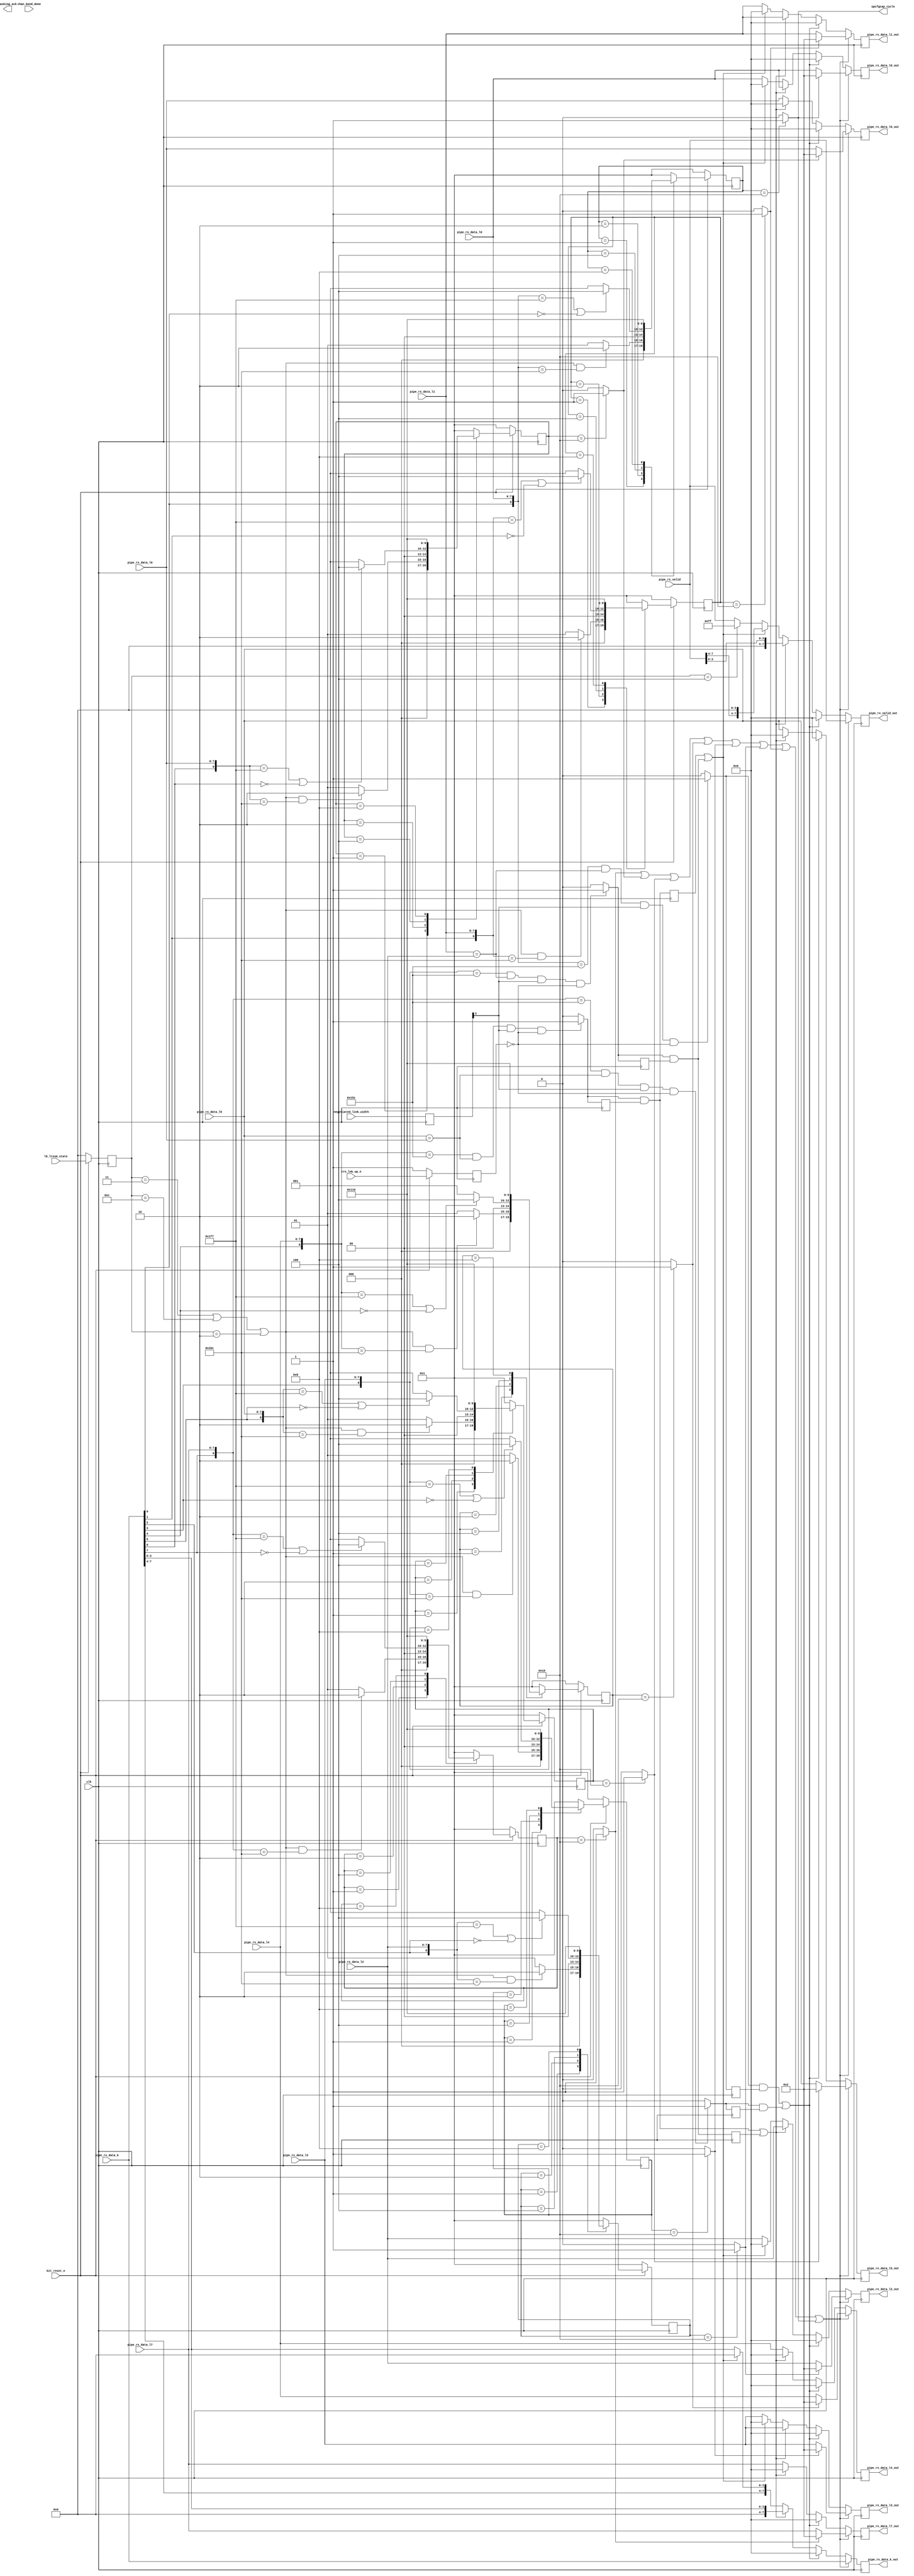

//-----------------------------------------------------------------------------
//
// (c) Copyright 2009-2010 Xilinx, Inc. All rights reserved.
//
// This file contains confidential and proprietary information
// of Xilinx, Inc. and is protected under U.S. and
// international copyright and other intellectual property
// laws.
//
// DISCLAIMER
// This disclaimer is not a license and does not grant any
// rights to the materials distributed herewith. Except as
// otherwise provided in a valid license issued to you by
// Xilinx, and to the maximum extent permitted by applicable
// law: (1) THESE MATERIALS ARE MADE AVAILABLE "AS IS" AND
// WITH ALL FAULTS, AND XILINX HEREBY DISCLAIMS ALL WARRANTIES
// AND CONDITIONS, EXPRESS, IMPLIED, OR STATUTORY, INCLUDING
// BUT NOT LIMITED TO WARRANTIES OF MERCHANTABILITY, NON-
// INFRINGEMENT, OR FITNESS FOR ANY PARTICULAR PURPOSE; and
// (2) Xilinx shall not be liable (whether in contract or tort,
// including negligence, or under any other theory of
// liability) for any loss or damage of any kind or nature
// related to, arising under or in connection with these
// materials, including for any direct, or any indirect,
// special, incidental, or consequential loss or damage
// (including loss of data, profits, goodwill, or any type of
// loss or damage suffered as a result of any action brought
// by a third party) even if such damage or loss was
// reasonably foreseeable or Xilinx had been advised of the
// possibility of the same.
//
// CRITICAL APPLICATIONS
// Xilinx products are not designed or intended to be fail-
// safe, or for use in any application requiring fail-safe
// performance, such as life-support or safety devices or
// systems, Class III medical devices, nuclear facilities,
// applications related to the deployment of airbags, or any
// other applications that could lead to death, personal
// injury, or severe property or environmental damage
// (individually and collectively, "Critical
// Applications"). Customer assumes the sole risk and
// liability of any use of Xilinx products in Critical
// Applications, subject only to applicable laws and
// regulations governing limitations on product liability.
//
// THIS COPYRIGHT NOTICE AND DISCLAIMER MUST BE RETAINED AS
// PART OF THIS FILE AT ALL TIMES.
//
//-----------------------------------------------------------------------------
// Project    : V5-Block Plus for PCI Express
//--------------------------------------------------------------------------------
//--------------------------------------------------------------------------------
//
//   ____  ____
//  /   /\/   /
// /___/  \  /    Vendor      : Xilinx
// \   \   \/     Version     : 1.1
//  \   \         Application : Generated by Xilinx PCI Express Wizard
//  /   /         Filename    : prod_fixes.v
// /___/   /\     Module      : Snoop and Fix Production Issues
// \   \  /  \
//  \___\/\___\
//
//------------------------------------------------------------------------------

// PCIE Spec 2.0 Gen2 upconfigure capable TS2 bit 6 workaround.
// Force all reserved fields in TS1 and TS2s to 0 on PCIe block 
// receive path on all lanes when in Polling and Configuration.

module prod_fixes
(
   input            clk,
   input            bit_reset_n,
   input  [3:0]     l0_ltssm_state,
   input            chan_bond_done,
   input  [3:0]     negotiated_link_width,
   input	    trn_lnk_up_n,

   // for pipelining
   input  [7:0]     pipe_rx_data_k,
   input  [7:0]     pipe_rx_valid,
   
   input  [7:0]     pipe_rx_data_l0,
   input  [7:0]     pipe_rx_data_l1,
   input  [7:0]     pipe_rx_data_l2,
   input  [7:0]     pipe_rx_data_l3,
   input  [7:0]     pipe_rx_data_l4,
   input  [7:0]     pipe_rx_data_l5,
   input  [7:0]     pipe_rx_data_l6,
   input  [7:0]     pipe_rx_data_l7,

   output reg [7:0]    pipe_rx_data_l0_out, 
   output reg [7:0]    pipe_rx_data_l1_out, 
   output reg [7:0]    pipe_rx_data_l2_out, 
   output reg [7:0]    pipe_rx_data_l3_out, 
   output reg [7:0]    pipe_rx_data_l4_out, 
   output reg [7:0]    pipe_rx_data_l5_out, 
   output reg [7:0]    pipe_rx_data_l6_out, 
   output reg [7:0]    pipe_rx_data_l7_out,
   output              upcfgcap_cycle,    
   output              masking_ack,
   output reg [7:0]    pipe_rx_data_k_out,
   output reg [7:0]    pipe_rx_valid_out

);

   parameter STATE_SIZE = 5;
   parameter [STATE_SIZE-1:0] 
                   ALGN     = 'h1,
                   Q_TS     = 'h2,
                   SYM2     = 'h4,
                   SYM3     = 'h8,
                   SYM4     = 'h10;
   
   parameter [8:0] PAD       = 9'h1F7;
   parameter [8:0] COM       = 9'h1BC;
   parameter [8:0] SKP       = 9'h11C;
   parameter [8:0] IDL       = 9'h17C;
   parameter [8:0] SDP       = 9'h15C;
   parameter [8:0] END       = 9'h1FD;
   
   parameter [3:0] LT_POLLING  = 4'b0010;
   parameter [3:0] LT_CONFIG   = 4'b0011;
   parameter [3:0] LT_L0       = 4'b0100;
   parameter [3:0] LT_RECOVERY = 4'b1100;
   
   parameter       IS_D = 1'b0;
   parameter       IS_K = 1'b1;
   
   reg  [STATE_SIZE-1:0]  
                   curr_state_l0, next_state_l0,
                   curr_state_l1, next_state_l1,
                   curr_state_l2, next_state_l2,
                   curr_state_l3, next_state_l3,
                   curr_state_l4, next_state_l4,
                   curr_state_l5, next_state_l5,
                   curr_state_l6, next_state_l6,
                   curr_state_l7, next_state_l7;
                   
   wire [8:0]      l0_pipe_rx_input;
   wire [8:0]      l1_pipe_rx_input;
   wire [8:0]      l2_pipe_rx_input;
   wire [8:0]      l3_pipe_rx_input;
   wire [8:0]      l4_pipe_rx_input;
   wire [8:0]      l5_pipe_rx_input;
   wire [8:0]      l6_pipe_rx_input;
   wire [8:0]      l7_pipe_rx_input;
   reg             dllp_ack_l0 = 1'b0;
   reg             dllp_ack_l4 = 1'b0;
   reg             dllp_ack_l0_r = 1'b0;
   reg             dllp_ack_l4_r = 1'b0;
   reg             dllp_ack_l4_rr = 1'b0;

   reg             dllp_ack_l7_reverse = 1'b0;
   reg             dllp_ack_l3_reverse= 1'b0;
   reg             dllp_ack_l7_reverse_r = 1'b0;
   reg             dllp_ack_l3_reverse_r = 1'b0;
   reg             dllp_ack_l3_reverse_rr = 1'b0;

   reg  [3:0]      l0_ltssm_state_d;
   reg             trn_lnk_up_n_d;

   reg  [7:0]      seq_num_xor_curr = 8'h0;
   reg  [7:0]      seq_num_xor_prev = 8'h0;   

   reg  [3:0]      negotiated_link_width_d; 
   
   integer i = 0;
   
   assign l0_pipe_rx_input = {pipe_rx_data_k[0], pipe_rx_data_l0};
   assign l1_pipe_rx_input = {pipe_rx_data_k[1], pipe_rx_data_l1};
   assign l2_pipe_rx_input = {pipe_rx_data_k[2], pipe_rx_data_l2};      
   assign l3_pipe_rx_input = {pipe_rx_data_k[3], pipe_rx_data_l3};
   assign l4_pipe_rx_input = {pipe_rx_data_k[4], pipe_rx_data_l4};
   assign l5_pipe_rx_input = {pipe_rx_data_k[5], pipe_rx_data_l5};
   assign l6_pipe_rx_input = {pipe_rx_data_k[6], pipe_rx_data_l6};      
   assign l7_pipe_rx_input = {pipe_rx_data_k[7], pipe_rx_data_l7};

   reg          upcfgcap_cycle_l0; 
   reg          upcfgcap_cycle_l1; 
   reg          upcfgcap_cycle_l2;
   reg          upcfgcap_cycle_l3;
   reg          upcfgcap_cycle_l4;
   reg          upcfgcap_cycle_l5;
   reg          upcfgcap_cycle_l6;
   reg          upcfgcap_cycle_l7;  


   always @(posedge clk) 
   begin : REGISTER_LTSSM_STATE
      if (!bit_reset_n)
      begin
         l0_ltssm_state_d <= 4'b0;
         trn_lnk_up_n_d   <= 1'b1;
      end else begin
         l0_ltssm_state_d <= l0_ltssm_state;
         trn_lnk_up_n_d   <= trn_lnk_up_n;
      end
   end



////////////////////////////Lane 0///////////////////// 
   always @(curr_state_l0, l0_pipe_rx_input, l0_ltssm_state_d)
   begin: FSM_COMB_L0


      case (curr_state_l0)
      

      ALGN: if ((l0_ltssm_state_d == LT_CONFIG || l0_ltssm_state_d == LT_RECOVERY
                || l0_ltssm_state_d == LT_POLLING) 
                && l0_pipe_rx_input == COM) begin
                
                next_state_l0 <= Q_TS;
                upcfgcap_cycle_l0 <= 1'b0;
            end else begin
                
                next_state_l0 <= ALGN;
                upcfgcap_cycle_l0 <= 1'b0;
            
            end
      Q_TS: if (l0_pipe_rx_input == PAD || l0_pipe_rx_input[8] == IS_D) begin
                
                next_state_l0 <= SYM2;
                upcfgcap_cycle_l0 <= 1'b0;
            
            end else begin
                
                next_state_l0 <= ALGN;
                upcfgcap_cycle_l0 <= 1'b0;
            
            end
      SYM2: begin 
                next_state_l0 <= SYM3;
                upcfgcap_cycle_l0 <= 1'b0;
            end
      
      SYM3: begin
                next_state_l0 <= SYM4;
                upcfgcap_cycle_l0 <= 1'b0;
            end
      
      SYM4: begin
                next_state_l0 <= ALGN;
                upcfgcap_cycle_l0 <= 1'b1;
            end
            
      default:  
            begin
                next_state_l0 <= ALGN;
                upcfgcap_cycle_l0 <= 1'b0;
            end
      
      endcase
            
   end
   
   always @(posedge clk) 
   begin : FSM_SYNC_L0
      if (!bit_reset_n)
         curr_state_l0 <= ALGN;
      else
         curr_state_l0 <= next_state_l0;
   end


////////////////////////////Lane 1///////////////////// 
   always @(curr_state_l1, l1_pipe_rx_input, l0_ltssm_state_d)
   begin: FSM_COMB_L1


      case (curr_state_l1)
      

      ALGN: if ((l0_ltssm_state_d == LT_CONFIG || l0_ltssm_state_d == LT_RECOVERY
                || l0_ltssm_state_d == LT_POLLING) 
                && l1_pipe_rx_input == COM) begin
                
                next_state_l1 <= Q_TS;
                upcfgcap_cycle_l1 <= 1'b0;
            end else begin
                
                next_state_l1 <= ALGN;
                upcfgcap_cycle_l1 <= 1'b0;
            
            end
      Q_TS: if (l1_pipe_rx_input == PAD || l1_pipe_rx_input[8] == IS_D) begin
                
                next_state_l1 <= SYM2;
                upcfgcap_cycle_l1 <= 1'b0;
            
            end else begin
                
                next_state_l1 <= ALGN;
                upcfgcap_cycle_l1 <= 1'b0;
            
            end
      SYM2: begin 
                next_state_l1 <= SYM3;
                upcfgcap_cycle_l1 <= 1'b0;
            end
      
      SYM3: begin
                next_state_l1 <= SYM4;
                upcfgcap_cycle_l1 <= 1'b0;
            end
      
      SYM4: begin
                next_state_l1 <= ALGN;
                upcfgcap_cycle_l1 <= 1'b1;
            end
            
      default:  
            begin
                next_state_l1 <= ALGN;
                upcfgcap_cycle_l1 <= 1'b0;
            end
      
      endcase
            
   end
   
   always @(posedge clk) 
   begin : FSM_SYNC_L1
      if (!bit_reset_n)
         curr_state_l1 <= ALGN;
      else
         curr_state_l1 <= next_state_l1;
   end



////////////////////////////Lane 2///////////////////// 
   always @(curr_state_l2, l2_pipe_rx_input, l0_ltssm_state_d)
   begin: FSM_COMB_L2


      case (curr_state_l2)
      

      ALGN: if ((l0_ltssm_state_d == LT_CONFIG || l0_ltssm_state_d == LT_RECOVERY
                || l0_ltssm_state_d == LT_POLLING) 
                && l2_pipe_rx_input == COM) begin
                
                next_state_l2 <= Q_TS;
                upcfgcap_cycle_l2 <= 1'b0;
            end else begin
                
                next_state_l2 <= ALGN;
                upcfgcap_cycle_l2 <= 1'b0;
            
            end
      Q_TS: if (l2_pipe_rx_input == PAD || l2_pipe_rx_input[8] == IS_D) begin
                
                next_state_l2 <= SYM2;
                upcfgcap_cycle_l2 <= 1'b0;
            
            end else begin
                
                next_state_l2 <= ALGN;
                upcfgcap_cycle_l2 <= 1'b0;
            
            end
      SYM2: begin 
                next_state_l2 <= SYM3;
                upcfgcap_cycle_l2 <= 1'b0;
            end
      
      SYM3: begin
                next_state_l2 <= SYM4;
                upcfgcap_cycle_l2 <= 1'b0;
            end
      
      SYM4: begin
                next_state_l2 <= ALGN;
                upcfgcap_cycle_l2 <= 1'b1;
            end
            
      default:  
            begin
                next_state_l2 <= ALGN;
                upcfgcap_cycle_l2 <= 1'b0;
            end
      
      endcase
            
   end
   
   always @(posedge clk) 
   begin : FSM_SYNC_L2
      if (!bit_reset_n)
         curr_state_l2 <= ALGN;
      else
         curr_state_l2 <= next_state_l2;
   end



////////////////////////////Lane 3///////////////////// 
   always @(curr_state_l3, l3_pipe_rx_input, l0_ltssm_state_d)
   begin: FSM_COMB_L3


      case (curr_state_l3)
      

      ALGN: if ((l0_ltssm_state_d == LT_CONFIG || l0_ltssm_state_d == LT_RECOVERY
                || l0_ltssm_state_d == LT_POLLING) 
                && l3_pipe_rx_input == COM) begin
                
                next_state_l3 <= Q_TS;
                upcfgcap_cycle_l3 <= 1'b0;
            end else begin
                
                next_state_l3 <= ALGN;
                upcfgcap_cycle_l3 <= 1'b0;
            
            end
      Q_TS: if (l3_pipe_rx_input == PAD || l3_pipe_rx_input[8] == IS_D) begin
                
                next_state_l3 <= SYM2;
                upcfgcap_cycle_l3 <= 1'b0;
            
            end else begin
                
                next_state_l3 <= ALGN;
                upcfgcap_cycle_l3 <= 1'b0;
            
            end
      SYM2: begin 
                next_state_l3 <= SYM3;
                upcfgcap_cycle_l3 <= 1'b0;
            end
      
      SYM3: begin
                next_state_l3 <= SYM4;
                upcfgcap_cycle_l3 <= 1'b0;
            end
      
      SYM4: begin
                next_state_l3 <= ALGN;
                upcfgcap_cycle_l3 <= 1'b1;
            end
            
      default:  
            begin
                next_state_l3 <= ALGN;
                upcfgcap_cycle_l3 <= 1'b0;
            end
      
      endcase
            
   end
   
   always @(posedge clk) 
   begin : FSM_SYNC_L3
      if (!bit_reset_n)
         curr_state_l3 <= ALGN;
      else
         curr_state_l3 <= next_state_l3;
   end


////////////////////////////Lane 4///////////////////// 
   always @(curr_state_l4, l4_pipe_rx_input, l0_ltssm_state_d)
   begin: FSM_COMB_L4


      case (curr_state_l4)
      

      ALGN: if ((l0_ltssm_state_d == LT_CONFIG || l0_ltssm_state_d == LT_RECOVERY
                || l0_ltssm_state_d == LT_POLLING) 
                && l4_pipe_rx_input == COM) begin
                
                next_state_l4 <= Q_TS;
                upcfgcap_cycle_l4 <= 1'b0;
            end else begin
                
                next_state_l4 <= ALGN;
                upcfgcap_cycle_l4 <= 1'b0;
            
            end
      Q_TS: if (l4_pipe_rx_input == PAD || l4_pipe_rx_input[8] == IS_D) begin
                
                next_state_l4 <= SYM2;
                upcfgcap_cycle_l4 <= 1'b0;
            
            end else begin
                
                next_state_l4 <= ALGN;
                upcfgcap_cycle_l4 <= 1'b0;
            
            end
      SYM2: begin 
                next_state_l4 <= SYM3;
                upcfgcap_cycle_l4 <= 1'b0;
            end
      
      SYM3: begin
                next_state_l4 <= SYM4;
                upcfgcap_cycle_l4 <= 1'b0;
            end
      
      SYM4: begin
                next_state_l4 <= ALGN;
                upcfgcap_cycle_l4 <= 1'b1;
            end
            
      default:  
            begin
                next_state_l4 <= ALGN;
                upcfgcap_cycle_l4 <= 1'b0;
            end
      
      endcase
            
   end
   
   always @(posedge clk) 
   begin : FSM_SYNC_L4
      if (!bit_reset_n)
         curr_state_l4 <= ALGN;
      else
         curr_state_l4 <= next_state_l4;
   end


////////////////////////////Lane 5///////////////////// 
   always @(curr_state_l5, l5_pipe_rx_input, l0_ltssm_state_d)
   begin: FSM_COMB_L5


      case (curr_state_l5)
      

      ALGN: if ((l0_ltssm_state_d == LT_CONFIG || l0_ltssm_state_d == LT_RECOVERY
                || l0_ltssm_state_d == LT_POLLING) 
                && l5_pipe_rx_input == COM) begin
                
                next_state_l5 <= Q_TS;
                upcfgcap_cycle_l5 <= 1'b0;
            end else begin
                
                next_state_l5 <= ALGN;
                upcfgcap_cycle_l5 <= 1'b0;
            
            end
      Q_TS: if (l5_pipe_rx_input == PAD || l5_pipe_rx_input[8] == IS_D) begin
                
                next_state_l5 <= SYM2;
                upcfgcap_cycle_l5 <= 1'b0;
            
            end else begin
                
                next_state_l5 <= ALGN;
                upcfgcap_cycle_l5 <= 1'b0;
            
            end
      SYM2: begin 
                next_state_l5 <= SYM3;
                upcfgcap_cycle_l5 <= 1'b0;
            end
      
      SYM3: begin
                next_state_l5 <= SYM4;
                upcfgcap_cycle_l5 <= 1'b0;
            end
      
      SYM4: begin
                next_state_l5 <= ALGN;
                upcfgcap_cycle_l5 <= 1'b1;
            end
            
      default:  
            begin
                next_state_l5 <= ALGN;
                upcfgcap_cycle_l5 <= 1'b0;
            end
      
      endcase
            
   end
   
   always @(posedge clk) 
   begin : FSM_SYNC_L5
      if (!bit_reset_n)
         curr_state_l5 <= ALGN;
      else
         curr_state_l5 <= next_state_l5;
   end


////////////////////////////Lane 6///////////////////// 
   always @(curr_state_l6, l6_pipe_rx_input, l0_ltssm_state_d)
   begin: FSM_COMB_L6


      case (curr_state_l6)
      

      ALGN: if ((l0_ltssm_state_d == LT_CONFIG || l0_ltssm_state_d == LT_RECOVERY
                || l0_ltssm_state_d == LT_POLLING) 
                && l6_pipe_rx_input == COM) begin
                
                next_state_l6 <= Q_TS;
                upcfgcap_cycle_l6 <= 1'b0;
            end else begin
                
                next_state_l6 <= ALGN;
                upcfgcap_cycle_l6 <= 1'b0;
            
            end
      Q_TS: if (l6_pipe_rx_input == PAD || l6_pipe_rx_input[8] == IS_D) begin
                
                next_state_l6 <= SYM2;
                upcfgcap_cycle_l6 <= 1'b0;
            
            end else begin
                
                next_state_l6 <= ALGN;
                upcfgcap_cycle_l6 <= 1'b0;
            
            end
      SYM2: begin 
                next_state_l6 <= SYM3;
                upcfgcap_cycle_l6 <= 1'b0;
            end
      
      SYM3: begin
                next_state_l6 <= SYM4;
                upcfgcap_cycle_l6 <= 1'b0;
            end
      
      SYM4: begin
                next_state_l6 <= ALGN;
                upcfgcap_cycle_l6 <= 1'b1;
            end
            
      default:  
            begin
                next_state_l6 <= ALGN;
                upcfgcap_cycle_l6 <= 1'b0;
            end
      
      endcase
            
   end
   
   always @(posedge clk) 
   begin : FSM_SYNC_L6
      if (!bit_reset_n)
         curr_state_l6 <= ALGN;
      else
         curr_state_l6 <= next_state_l6;
   end

////////////////////////////Lane 7///////////////////// 
   always @(curr_state_l7, l7_pipe_rx_input, l0_ltssm_state_d)
   begin: FSM_COMB_L7


      case (curr_state_l7)
      

      ALGN: if ((l0_ltssm_state_d == LT_CONFIG || l0_ltssm_state_d == LT_RECOVERY
                || l0_ltssm_state_d == LT_POLLING) 
                && l7_pipe_rx_input == COM) begin
                
                next_state_l7 <= Q_TS;
                upcfgcap_cycle_l7 <= 1'b0;
            end else begin
                
                next_state_l7 <= ALGN;
                upcfgcap_cycle_l7 <= 1'b0;
            
            end
      Q_TS: if (l7_pipe_rx_input == PAD || l7_pipe_rx_input[8] == IS_D) begin
                
                next_state_l7 <= SYM2;
                upcfgcap_cycle_l7 <= 1'b0;
            
            end else begin
                
                next_state_l7 <= ALGN;
                upcfgcap_cycle_l7 <= 1'b0;
            
            end
      SYM2: begin 
                next_state_l7 <= SYM3;
                upcfgcap_cycle_l7 <= 1'b0;
            end
      
      SYM3: begin
                next_state_l7 <= SYM4;
                upcfgcap_cycle_l7 <= 1'b0;
            end
      
      SYM4: begin
                next_state_l7 <= ALGN;
                upcfgcap_cycle_l7 <= 1'b1;
            end
            
      default:  
            begin
                next_state_l7 <= ALGN;
                upcfgcap_cycle_l7 <= 1'b0;
            end
      
      endcase
            
   end
   
   always @(posedge clk) 
   begin : FSM_SYNC_L7
      if (!bit_reset_n)
         curr_state_l7 <= ALGN;
      else
         curr_state_l7 <= next_state_l7;
   end



//tie off for output port
assign upcfgcap_cycle = upcfgcap_cycle_l0;



   always @(posedge clk) 
   begin : REG_NEGOTIATED_LINK_WIDTH
         negotiated_link_width_d  <= negotiated_link_width;
   end
   

   // Double ACK masking
   // 1. Recognizing an ACK when it comes in on Lane 0
   //     a.  lanes 1 and 2 should be the same scrambled value (decrambled: 00 00)
   always @(l0_pipe_rx_input or pipe_rx_data_l1 or pipe_rx_data_l2 or negotiated_link_width_d[3] or trn_lnk_up_n_d) 
   begin : ACK_RECOGNITION_L0
      if ((l0_pipe_rx_input == SDP  &&           // DLLP
          pipe_rx_data_l1 == pipe_rx_data_l2 && // ACK
          negotiated_link_width_d[3] == 1'b1)     // 8-lane only 
	  && !trn_lnk_up_n_d)

           dllp_ack_l0 = 1'b1;
           
      else        
           dllp_ack_l0 = 1'b0;

   end

   // Double ACK masking
   // 1. Recognizing an ACK when it comes in on Lane 4
   //     a.  lanes 5 and 6 should be the same scrambled value (decrambled: 00 00)
   always @(l4_pipe_rx_input or pipe_rx_data_l5 or pipe_rx_data_l6 or negotiated_link_width_d[3] or trn_lnk_up_n_d) 
   begin : ACK_RECOGNITION_L4
      if ((l4_pipe_rx_input == SDP  &&           // DLLP
          pipe_rx_data_l5 == pipe_rx_data_l6 && // ACK
          negotiated_link_width_d[3] == 1'b1)     // 8-lane only 
	  && !trn_lnk_up_n_d)

           dllp_ack_l4 = 1'b1;

      else        
           dllp_ack_l4 = 1'b0;

   end


   // Double ACK masking(Lanes Reversed)
   // 1. Recognizing an ACK when it comes in on Lane 7
   //     a.  lanes 5 and 6 should be the same scrambled value (decrambled: 00 00)
   always @(l7_pipe_rx_input or pipe_rx_data_l5 or pipe_rx_data_l6 or negotiated_link_width_d[3] or trn_lnk_up_n_d) 
   begin : ACK_RECOGNITION_L7
      if ((l7_pipe_rx_input == SDP  &&           // DLLP
          pipe_rx_data_l5 == pipe_rx_data_l6 && // ACK
          negotiated_link_width_d[3] == 1'b1)     // 8-lane only 
	  && !trn_lnk_up_n_d)

           dllp_ack_l7_reverse = 1'b1;

      else        
           dllp_ack_l7_reverse = 1'b0;

   end

   // Double ACK masking(Lanes Reversed)
   // 1. Recognizing an ACK when it comes in on Lane 3
   //     a.  lanes 1 and 2 should be the same scrambled value (decrambled: 00 00)
   always @(l3_pipe_rx_input or pipe_rx_data_l1 or pipe_rx_data_l2 or negotiated_link_width_d[3] or trn_lnk_up_n_d) 
   begin : ACK_RECOGNITION_L3
      if ((l3_pipe_rx_input == SDP  &&           // DLLP
          pipe_rx_data_l1 == pipe_rx_data_l2 && // ACK
          negotiated_link_width_d[3] == 1'b1)     // 8-lane only 
	  && !trn_lnk_up_n_d)

           dllp_ack_l3_reverse = 1'b1;

      else        
           dllp_ack_l3_reverse = 1'b0;

   end




   always @(posedge clk)
   begin : REG_ACK
         dllp_ack_l0_r  <= dllp_ack_l0;
         dllp_ack_l4_r  <= dllp_ack_l4;
         dllp_ack_l4_rr <= dllp_ack_l4 && dllp_ack_l4_r;

         dllp_ack_l7_reverse_r  <= dllp_ack_l7_reverse;
         dllp_ack_l3_reverse_r  <= dllp_ack_l3_reverse;
         dllp_ack_l3_reverse_rr <= dllp_ack_l3_reverse && dllp_ack_l3_reverse_r;
   end
   

   // 3. Masking out the ACK that is redundant, in the same step where the up-configure fix takes place
   //    Register for better timing
   always @(posedge clk)
   begin : NEW_PIPE_OUT

     // Upconfigure fix     
     if(upcfgcap_cycle_l7 || upcfgcap_cycle_l6 || upcfgcap_cycle_l5 || upcfgcap_cycle_l4 ||
           upcfgcap_cycle_l3 || upcfgcap_cycle_l2 || upcfgcap_cycle_l1 || upcfgcap_cycle_l0) begin

     if (upcfgcap_cycle_l7 == 1'b1) 
        pipe_rx_data_l7_out <= 8'h02;
     else // CW fix
        pipe_rx_data_l7_out <= pipe_rx_data_l7; // CW fix

     if (upcfgcap_cycle_l6 == 1'b1)         
        pipe_rx_data_l6_out <= 8'h02;
     else // CW fix
        pipe_rx_data_l6_out <= pipe_rx_data_l6; // CW fix
        
     if (upcfgcap_cycle_l5 == 1'b1)         
        pipe_rx_data_l5_out <= 8'h02;
     else // CW fix
        pipe_rx_data_l5_out <= pipe_rx_data_l5; // CW fix
        
     if (upcfgcap_cycle_l4 == 1'b1)         
        pipe_rx_data_l4_out <= 8'h02;
     else // CW fix
        pipe_rx_data_l4_out <= pipe_rx_data_l4; // CW fix

     if (upcfgcap_cycle_l3 == 1'b1)          
        pipe_rx_data_l3_out <= 8'h02;
     else // CW fix
        pipe_rx_data_l3_out <= pipe_rx_data_l3; // CW fix
        
     if (upcfgcap_cycle_l2 == 1'b1)          
        pipe_rx_data_l2_out <= 8'h02;
     else // CW fix
        pipe_rx_data_l2_out <= pipe_rx_data_l2; // CW fix
        
     if (upcfgcap_cycle_l1 == 1'b1)          
        pipe_rx_data_l1_out <= 8'h02;
     else // CW fix
        pipe_rx_data_l1_out <= pipe_rx_data_l1; // CW fix
        
     if (upcfgcap_cycle_l0 == 1'b1)          
        pipe_rx_data_l0_out <= 8'h02;
     else // CW fix
        pipe_rx_data_l0_out <= pipe_rx_data_l0; // CW fix

        pipe_rx_data_k_out <= pipe_rx_data_k;
        pipe_rx_valid_out  <= pipe_rx_valid;
     
          // Double ACK fix (+ Lane Reversal)
     end else if ((dllp_ack_l0 == 1'b1 && dllp_ack_l0_r == 1'b1) ||
                  (dllp_ack_l7_reverse == 1'b1 && dllp_ack_l7_reverse_r == 1'b1)) begin
        pipe_rx_data_l7_out <= 8'b0;
        pipe_rx_data_l6_out <= 8'b0;
        pipe_rx_data_l5_out <= 8'b0;
        pipe_rx_data_l4_out <= 8'b0;
        pipe_rx_data_l3_out <= 8'b0;
        pipe_rx_data_l2_out <= 8'b0;
        pipe_rx_data_l1_out <= 8'b0;
        pipe_rx_data_l0_out <= 8'b0;

        pipe_rx_data_k_out <= 8'b0; // don't drive K char
        pipe_rx_valid_out  <= 8'b0; // indicate data not valid

     // Double ACK fix L4 (first clock) (+ Lane Reversal)
     end else if ((dllp_ack_l4 == 1'b1 && dllp_ack_l4_r == 1'b1) ||
                 (dllp_ack_l3_reverse_rr == 1'b1)) begin
        pipe_rx_data_l7_out <= 8'b0;
        pipe_rx_data_l6_out <= 8'b0;
        pipe_rx_data_l5_out <= 8'b0;
        pipe_rx_data_l4_out <= 8'b0;
        pipe_rx_data_l3_out <= pipe_rx_data_l3;
        pipe_rx_data_l2_out <= pipe_rx_data_l2;
        pipe_rx_data_l1_out <= pipe_rx_data_l1;
        pipe_rx_data_l0_out <= pipe_rx_data_l0;

        pipe_rx_data_k_out <= {4'b0, pipe_rx_data_k[3:0]}; // don't drive K char
        pipe_rx_valid_out  <= {4'b0, pipe_rx_valid[3:0]}; // indicate data not valid

     // Double ACK fix L4 (second clock) (+ Lane Reversal)
     end else if ((dllp_ack_l4_rr == 1'b1) ||
                 (dllp_ack_l3_reverse == 1'b1 && dllp_ack_l3_reverse_r == 1'b1)) begin
        pipe_rx_data_l7_out <= pipe_rx_data_l7;
        pipe_rx_data_l6_out <= pipe_rx_data_l6;
        pipe_rx_data_l5_out <= pipe_rx_data_l5;
        pipe_rx_data_l4_out <= pipe_rx_data_l4;
        pipe_rx_data_l3_out <= 8'b0;
        pipe_rx_data_l2_out <= 8'b0;
        pipe_rx_data_l1_out <= 8'b0;
        pipe_rx_data_l0_out <= 8'b0;

        pipe_rx_data_k_out <= {pipe_rx_data_k[7:4], 4'b0}; // don't drive K char
        pipe_rx_valid_out  <= {pipe_rx_valid[7:4],  4'b0}; // indicate data not valid

     // Normal
     end else begin
        pipe_rx_data_l7_out <= pipe_rx_data_l7;
        pipe_rx_data_l6_out <= pipe_rx_data_l6;
        pipe_rx_data_l5_out <= pipe_rx_data_l5;
        pipe_rx_data_l4_out <= pipe_rx_data_l4;
        pipe_rx_data_l3_out <= pipe_rx_data_l3;
        pipe_rx_data_l2_out <= pipe_rx_data_l2;
        pipe_rx_data_l1_out <= pipe_rx_data_l1;
        pipe_rx_data_l0_out <= pipe_rx_data_l0;
        
        pipe_rx_data_k_out <= pipe_rx_data_k;
        
        //JA Added work around test for NAK issue
        if(l0_ltssm_state_d  == LT_L0)
          pipe_rx_valid_out  <= 8'hff;
        else
        pipe_rx_valid_out  <= pipe_rx_valid;
        
     end     
   end

endmodule